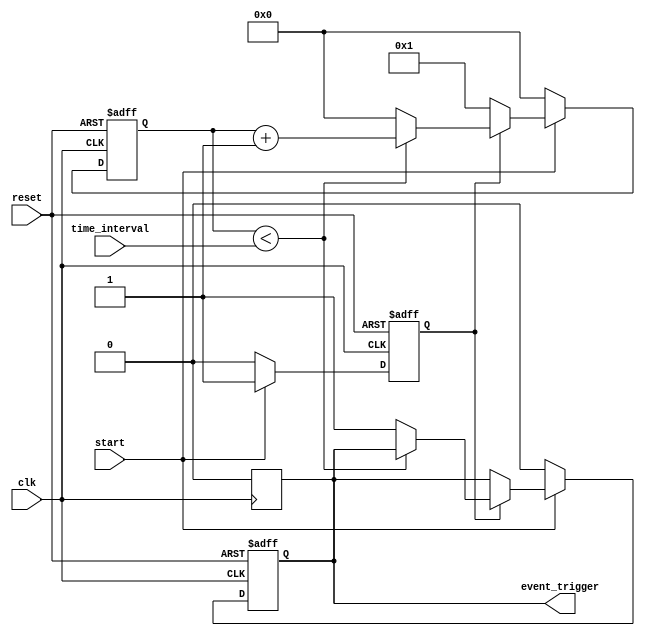
module TimerEventControl (
    input wire clk,                // Clock signal
    input wire reset,              // Asynchronous reset signal
    input wire [31:0] time_interval,// Time interval in clock cycles
    input wire start,              // Control signal to start the timer
    output reg event_trigger        // Event trigger output
);

    reg [31:0] counter;            // Internal counter for timing
    reg counting;                  // State to indicate if counting is active

    // Asynchronous reset and timer logic
    always @(posedge clk or posedge reset) begin
        if (reset) begin
            counter <= 0;          // Reset counter
            event_trigger <= 0;    // Reset event trigger
            counting <= 0;         // Reset counting state
        end else begin
            if (start) begin
                if (counting) begin
                    // Increment counter if counting is active
                    if (counter < time_interval) begin
                        counter <= counter + 1;
                    end else begin
                        // Trigger event and reset counter
                        event_trigger <= 1; // Set event trigger high
                        counter <= 0;      // Reset counter
                    end
                end else begin
                    // Start counting
                    counting <= 1;       // Set counting state
                    counter <= 1;        // Initialize counter to 1
                end
            end else begin
                // If start is not asserted, keep counting state idle
                counting <= 0;           // Reset counting state
                counter <= 0;            // Reset counter
                event_trigger <= 0;      // Ensure event trigger is low
            end
        end
    end

    // Ensure event_trigger is low after one clock cycle
    always @(posedge clk) begin
        if (event_trigger) begin
            event_trigger <= 0;        // Reset event trigger after one clock cycle
        end
    end

endmodule